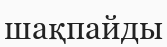
шақпайды